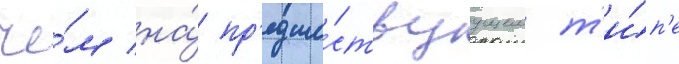
че́м на́ пр'едше́ствуущем т'и́п'е